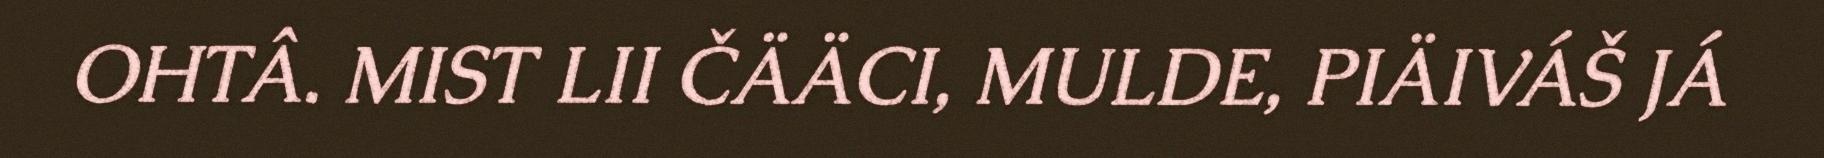
OHTÂ. MIST LII ČÄÄCI, MULDE, PIÄIVÁŠ JÁ